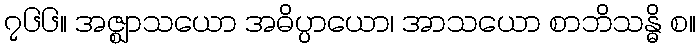
၇၆၆။ အဇ္ဈာသယော အဓိပ္ပာယော၊ အာသယော စာဘိသန္ဓိ စ။